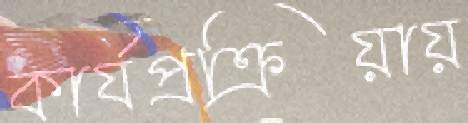
কার্যপ্রক্রিয়ায়